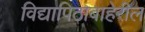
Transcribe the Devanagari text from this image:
विद्यापिठाबाहेरील